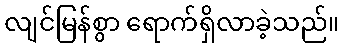
လျင်မြန်စွာ ရောက်ရှိလာခဲ့သည်။